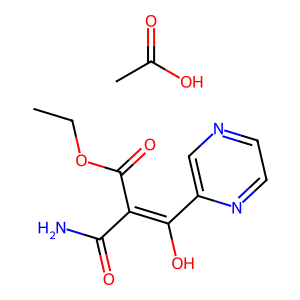
SMILES: CC(=O)O.CCOC(=O)C(C(N)=O)=C(O)c1cnccn1
Inhibits HIV replication: No